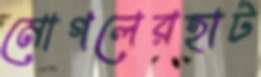
মোগলেরহাট